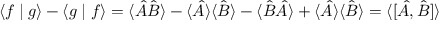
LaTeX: \langle f \mid g \rangle - \langle g \mid f \rangle = \langle { \hat { A } } { \hat { B } } \rangle - \langle { \hat { A } } \rangle \langle { \hat { B } } \rangle - \langle { \hat { B } } { \hat { A } } \rangle + \langle { \hat { A } } \rangle \langle { \hat { B } } \rangle = \langle [ { \hat { A } } , { \hat { B } } ] \rangle